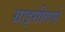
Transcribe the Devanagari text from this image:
ग्राइसीलर्स